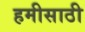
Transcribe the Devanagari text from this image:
हमीसाठी